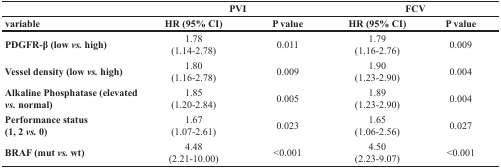
<table><thead><tr><td></td><td colspan="2"><b>PVI</b></td><td colspan="2"><b>FCV</b></td></tr><tr><td><b>variable</b></td><td><b>HR (95% CI)</b></td><td><b>P value</b></td><td><b>HR (95% CI)</b></td><td><b>P value</b></td></tr></thead><tbody><tr><td><b>PDGFR-β (low <i>vs.</i> high)</b></td><td>1.78(1.14-2.78)</td><td>0.011</td><td>1.79(1.16-2.76)</td><td>0.009</td></tr><tr><td><b>Vessel density (low <i>vs.</i> high)</b></td><td>1.80(1.16-2.78)</td><td>0.009</td><td>1.90(1.23-2.90)</td><td>0.004</td></tr><tr><td><b>Alkaline Phosphatase (elevated <i>vs.</i> normal)</b></td><td>1.85(1.20-2.84)</td><td>0.005</td><td>1.89(1.23-2.90)</td><td>0.004</td></tr><tr><td><b>Performance status (1, 2 <i>vs.</i> 0)</b></td><td>1.67(1.07-2.61)</td><td>0.023</td><td>1.65(1.06-2.56)</td><td>0.027</td></tr><tr><td><b>BRAF (mut <i>vs.</i> wt)</b></td><td>4.48(2.21-10.00)</td><td>&lt;0.001</td><td>4.50(2.23-9.07)</td><td>&lt;0.001</td></tr></tbody></table>